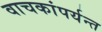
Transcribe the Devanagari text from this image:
वाचकांपर्यन्त